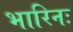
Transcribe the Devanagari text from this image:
भारिनः